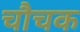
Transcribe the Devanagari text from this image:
चौचक